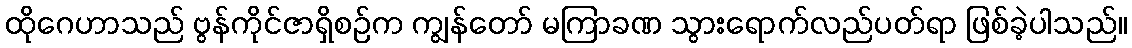
ထိုဂေဟာသည် ဗွန်ကိုင်ဇာရှိစဉ်က ကျွန်တော် မကြာခဏ သွားရောက်လည်ပတ်ရာ ဖြစ်ခဲ့ပါသည်။